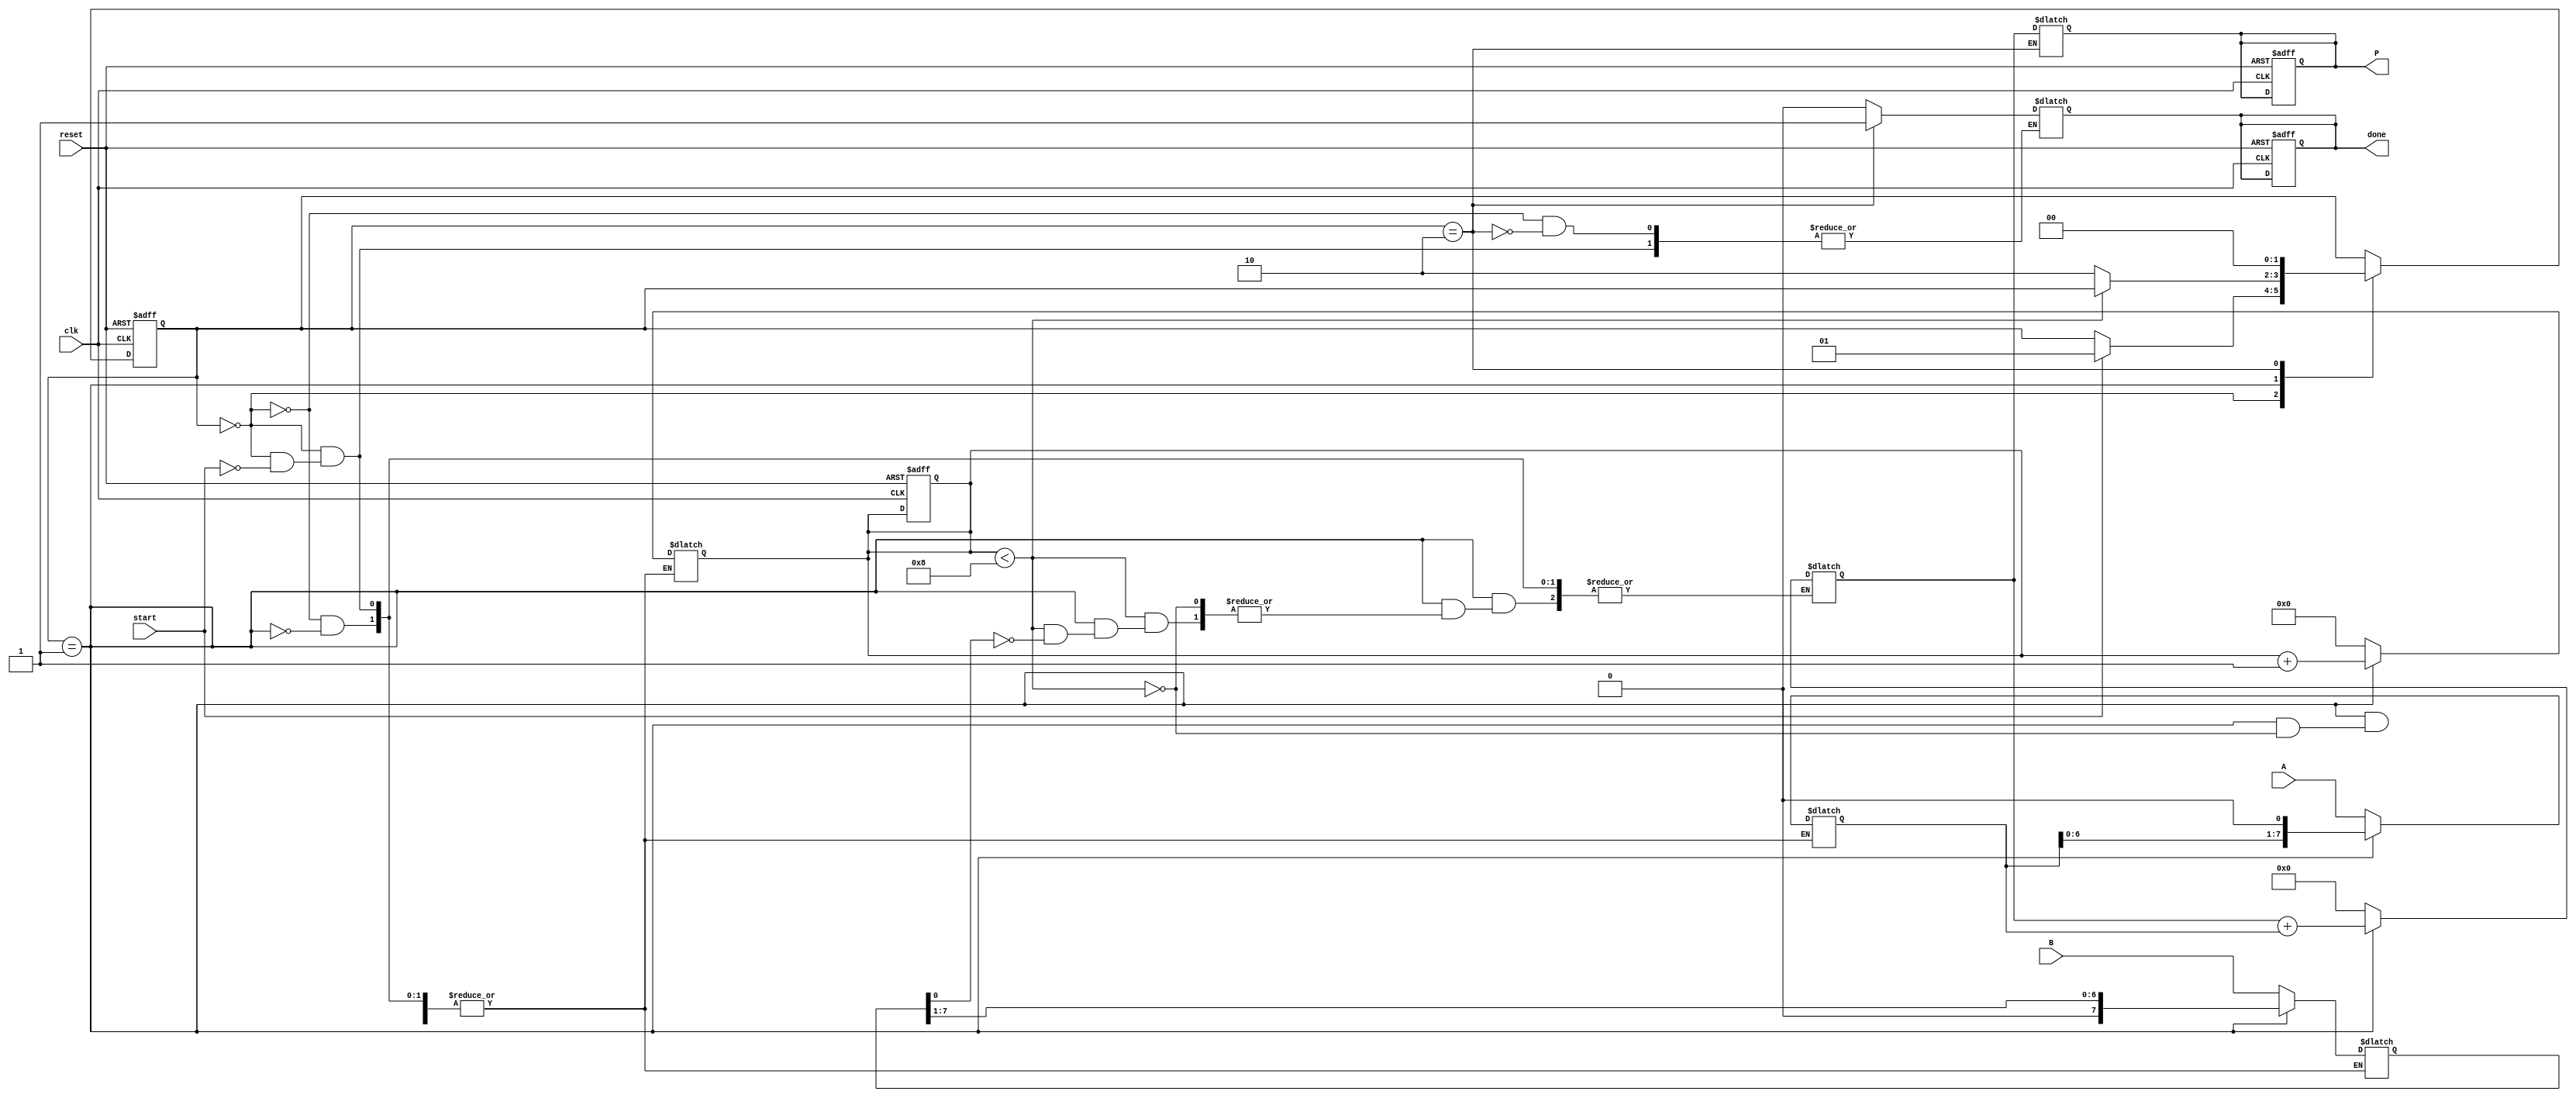
module radix2_multiplier #(parameter N = 8) (
    input wire [N-1:0] A,      // Multiplicand
    input wire [N-1:0] B,      // Multiplier
    input wire start,          // Start signal for multiplication
    input wire clk,            // Clock signal
    input wire reset,          // Reset signal
    output reg [2*N-1:0] P,    // Product output
    output reg done            // Done signal
);

    reg [N-1:0] multiplicand;
    reg [N-1:0] multiplier;
    reg [2*N-1:0] product;
    reg [3:0] count;           // Counter for the number of bits processed

    // State definitions
    localparam IDLE = 2'b00,
               SHIFT_ADD = 2'b01,
               DONE = 2'b10;

    reg [1:0] state, next_state;

    // Sequential logic for state transition
    always @(posedge clk or posedge reset) begin
        if (reset) begin
            state <= IDLE;
            P <= 0;
            done <= 0;
            count <= 0;
        end else begin
            state <= next_state;
        end
    end

    // Combinational logic for next state and output
    always @(*) begin
        next_state = state;
        case (state)
            IDLE: begin
                if (start) begin
                    multiplicand = A;
                    multiplier = B;
                    product = 0;
                    count = 0;
                    next_state = SHIFT_ADD;
                    done = 0;
                end
            end
            SHIFT_ADD: begin
                if (count < N) begin
                    if (multiplier[0] == 1) begin
                        product = product + multiplicand; // Add multiplicand to product
                    end
                    multiplicand = multiplicand << 1; // Shift multiplicand left
                    multiplier = multiplier >> 1;       // Shift multiplier right
                    count = count + 1;                  // Increment count
                end else begin
                    next_state = DONE;                  // Move to DONE state
                end
            end
            DONE: begin
                P = product;                          // Assign product to output
                done = 1;                             // Set done signal
                next_state = IDLE;                   // Go back to IDLE state
            end
        endcase
    end

endmodule